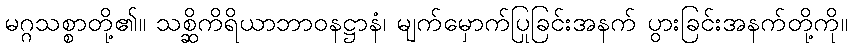
မဂ္ဂသစ္စာတို့၏။ သစ္ဆိကိရိယာဘာဝနဋ္ဌာနံ၊ မျက်မှောက်ပြုခြင်းအနက် ပွားခြင်းအနက်တို့ကို။